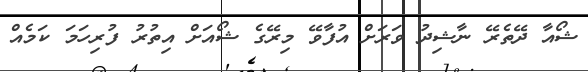
ޝޯއާ ދޭތެރޭ ނާޝިދު ވަރަށް އުފާވޭ މިރޭގެ ޝޯއަށް އިތުރު ފުރިހަމަ ކަމެއް